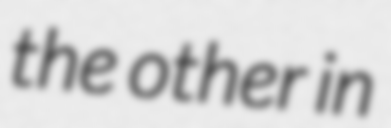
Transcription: the other in